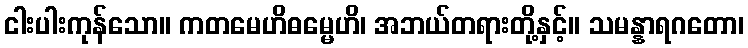
ငါးပါးကုန်သော။ ကတမေဟိဓမ္မေဟိ၊ အဘယ်တရားတို့နှင့်။ သမန္နာရဂတော၊